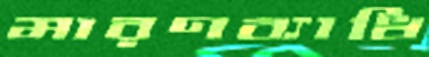
মারণব্যাধি